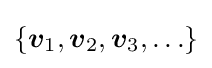
\{{\boldsymbol {v}}_{1},{\boldsymbol {v}}_{2},{\boldsymbol {v}}_{3},\ldots \}